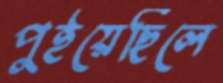
পুইয়েছিলে